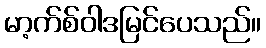
မာ့က်စ်ဝါဒမြင်ပေသည်။